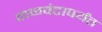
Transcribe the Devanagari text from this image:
वाळवंटापर्यंत